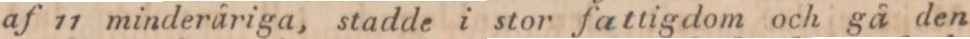
af 11 minderåriga, stadde i stor fattigdom och gå den